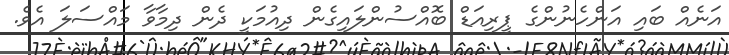
އަނެއް ބައި އަންހެނުންގެ ޕީރިއަޑް ބޮއްސުންލައިގެން ދިއުމަކީ ދެން ދިމާވާ މައްސަލަ އެވެ.